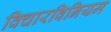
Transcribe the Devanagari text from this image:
विचारविनियम